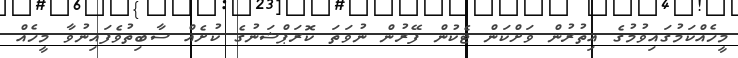
މީހެއްކަމުގައިވުމުގެ އިތުރުން ވަށްކަން ޓެކުން ފޭރުން ނުވަތަ ކޮރަޕްޝަނުގެ ކުށެއް ސާބިތުވެފައިނުވާ މީހެއް